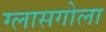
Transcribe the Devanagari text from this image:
ग्लासगोला